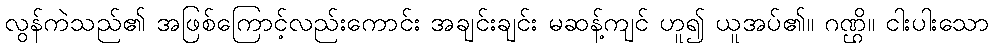
လွန်ကဲသည်၏ အဖြစ်ကြောင့်လည်းကောင်း အချင်းချင်း မဆန့်ကျင် ဟူ၍ ယူအပ်၏။ ဂဏ္ဌိ။ ငါးပါးသော